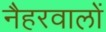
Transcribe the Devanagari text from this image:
नैहरवालों